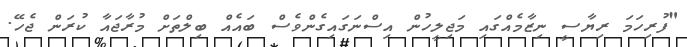
"ފުރިހަމަ ރިޔާސީ ނިޒާމެއްގައި މަޖިލީހުން އިސްނަގައިގެންވެސް ބައެއް ބިލްތަށް މުރާޖައާ ކުރަން ޖެހޭ.